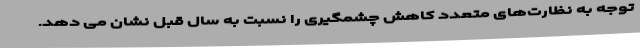
توجه به نظارت‌های متعدد کاهش چشمگیری را نسبت به سال قبل نشان می دهد.